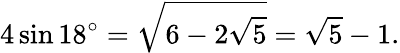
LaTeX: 4\sin 18^{\circ}={\sqrt{6-2{\sqrt{5}}}}={\sqrt{5}}-1.